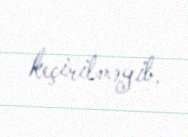
keçirilməyib.